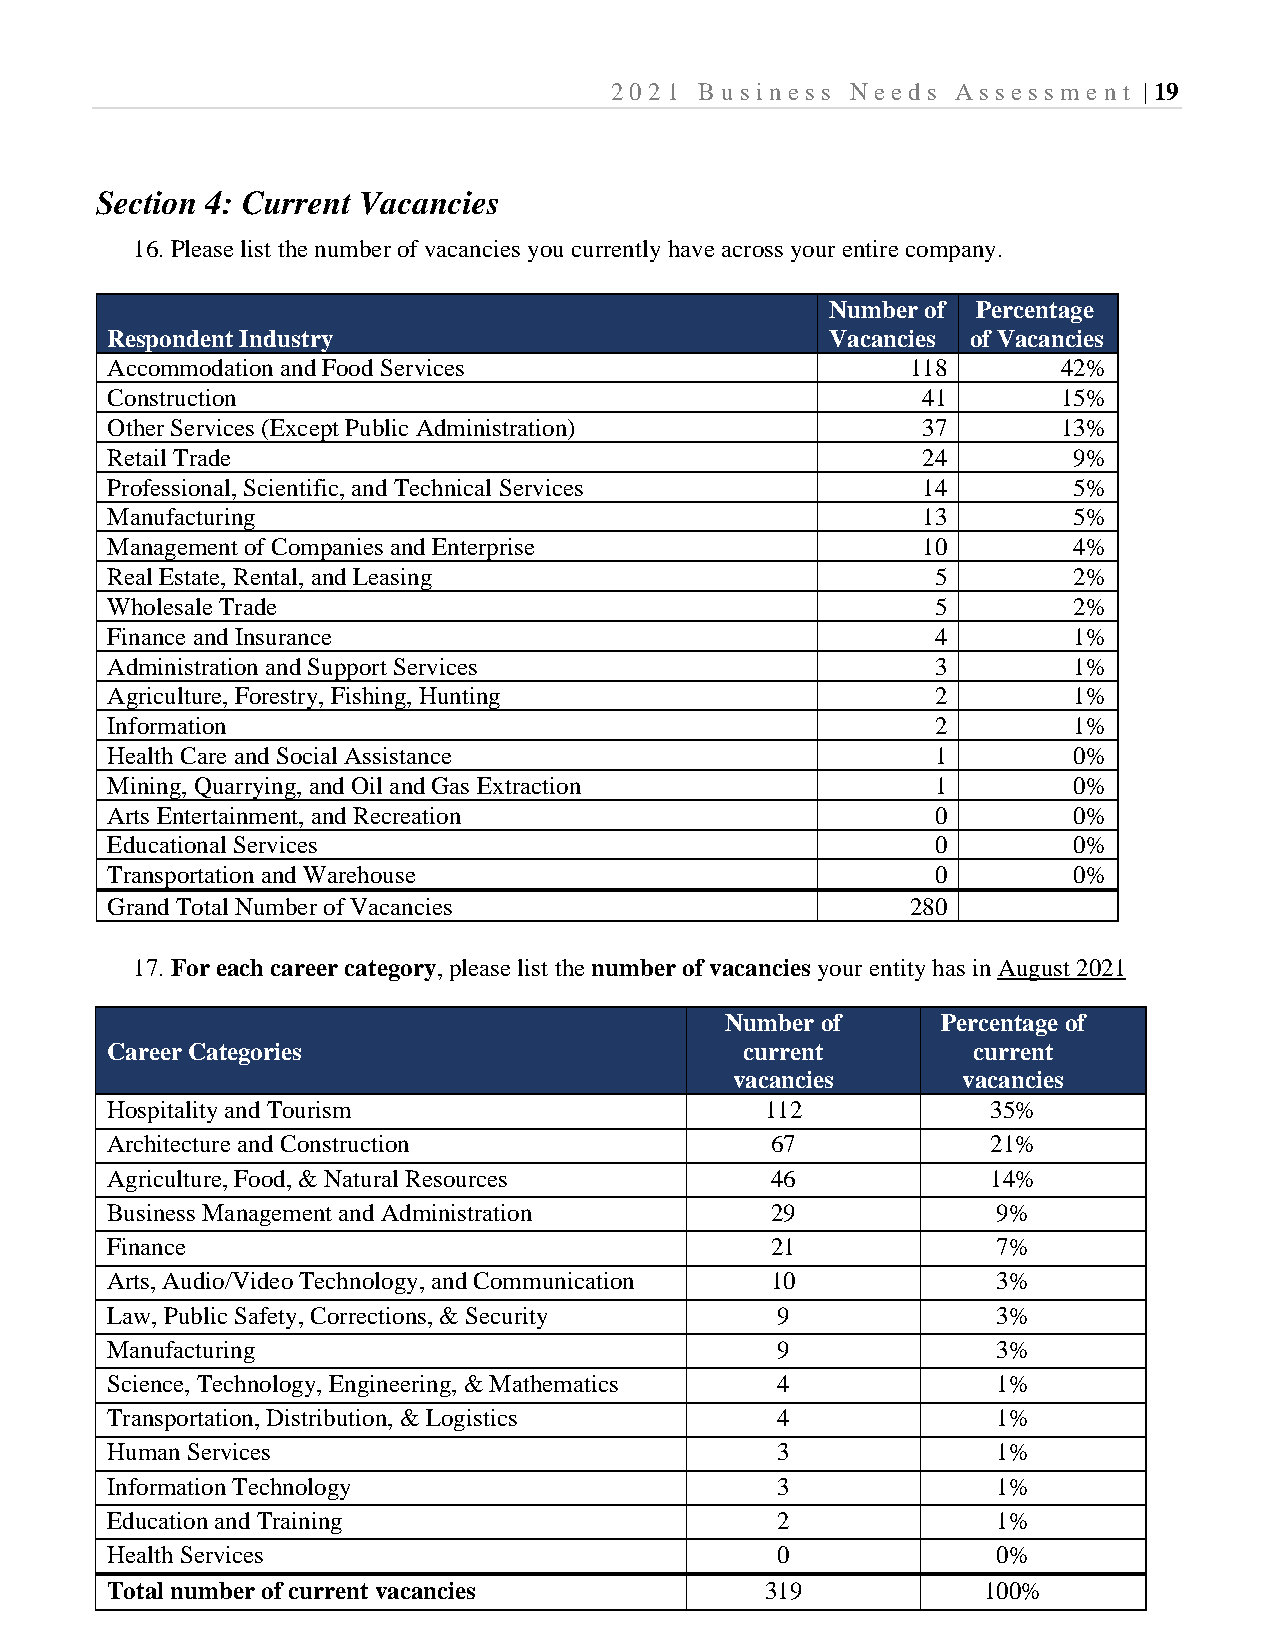
2021  B usi ness Needs Assessm  e nt | 19
 Section 4: Current Vacancies
 16. Please list the number of vacancies you currently have across your entire company.
 Number of Percentage
 Respondent Industry                             Vacancies of Vacancies
 Accommodation and Food Services                      118       42%
 Construction                                          41       15%
 Other Services (Except Public Administration)         37       13%
 Retail Trade                                          24        9%
 Professional, Scientific, and Technical Services      14        5%
 Manufacturing                                         13        5%
 Management of Companies and Enterprise                10        4%
 Real Estate, Rental, and Leasing                       5        2%
 Wholesale Trade                                        5        2%
 Finance and Insurance                                  4        1%
 Administration and Support Services                    3        1%
 Agriculture, Forestry, Fishing, Hunting                2        1%
 Information                                            2        1%
 Health Care and Social Assistance                      1        0%
 Mining, Quarrying, and Oil and Gas Extraction          1        0%
 Arts Entertainment, and Recreation                     0        0%
 Educational Services                                   0        0%
 Transportation and Warehouse                           0        0%
 Grand Total Number of Vacancies                      280
 17. For each career category, please list the number of vacancies your entity has in August 2021
 Number of     Percentage of
 Career Categories                         current        current
 vacancies      vacancies
 Hospitality and Tourism                     112            35%
 Architecture and Construction               67             21%
 Agriculture, Food, & Natural Resources      46             14%
 Business Management and Administration      29             9%
 Finance                                     21             7%
 Arts, Audio/Video Technology, and Communication 10         3%
 Law, Public Safety, Corrections, & Security 9              3%
 Manufacturing                               9              3%
 Science, Technology, Engineering, & Mathematics 4          1%
 Transportation, Distribution, & Logistics   4              1%
 Human Services                              3              1%
 Information Technology                      3              1%
 Education and Training                      2              1%
 Health Services                             0              0%
 Total number of current vacancies           319           100%